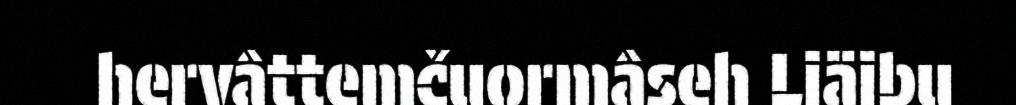
hervâttemčuormâseh Liäibu